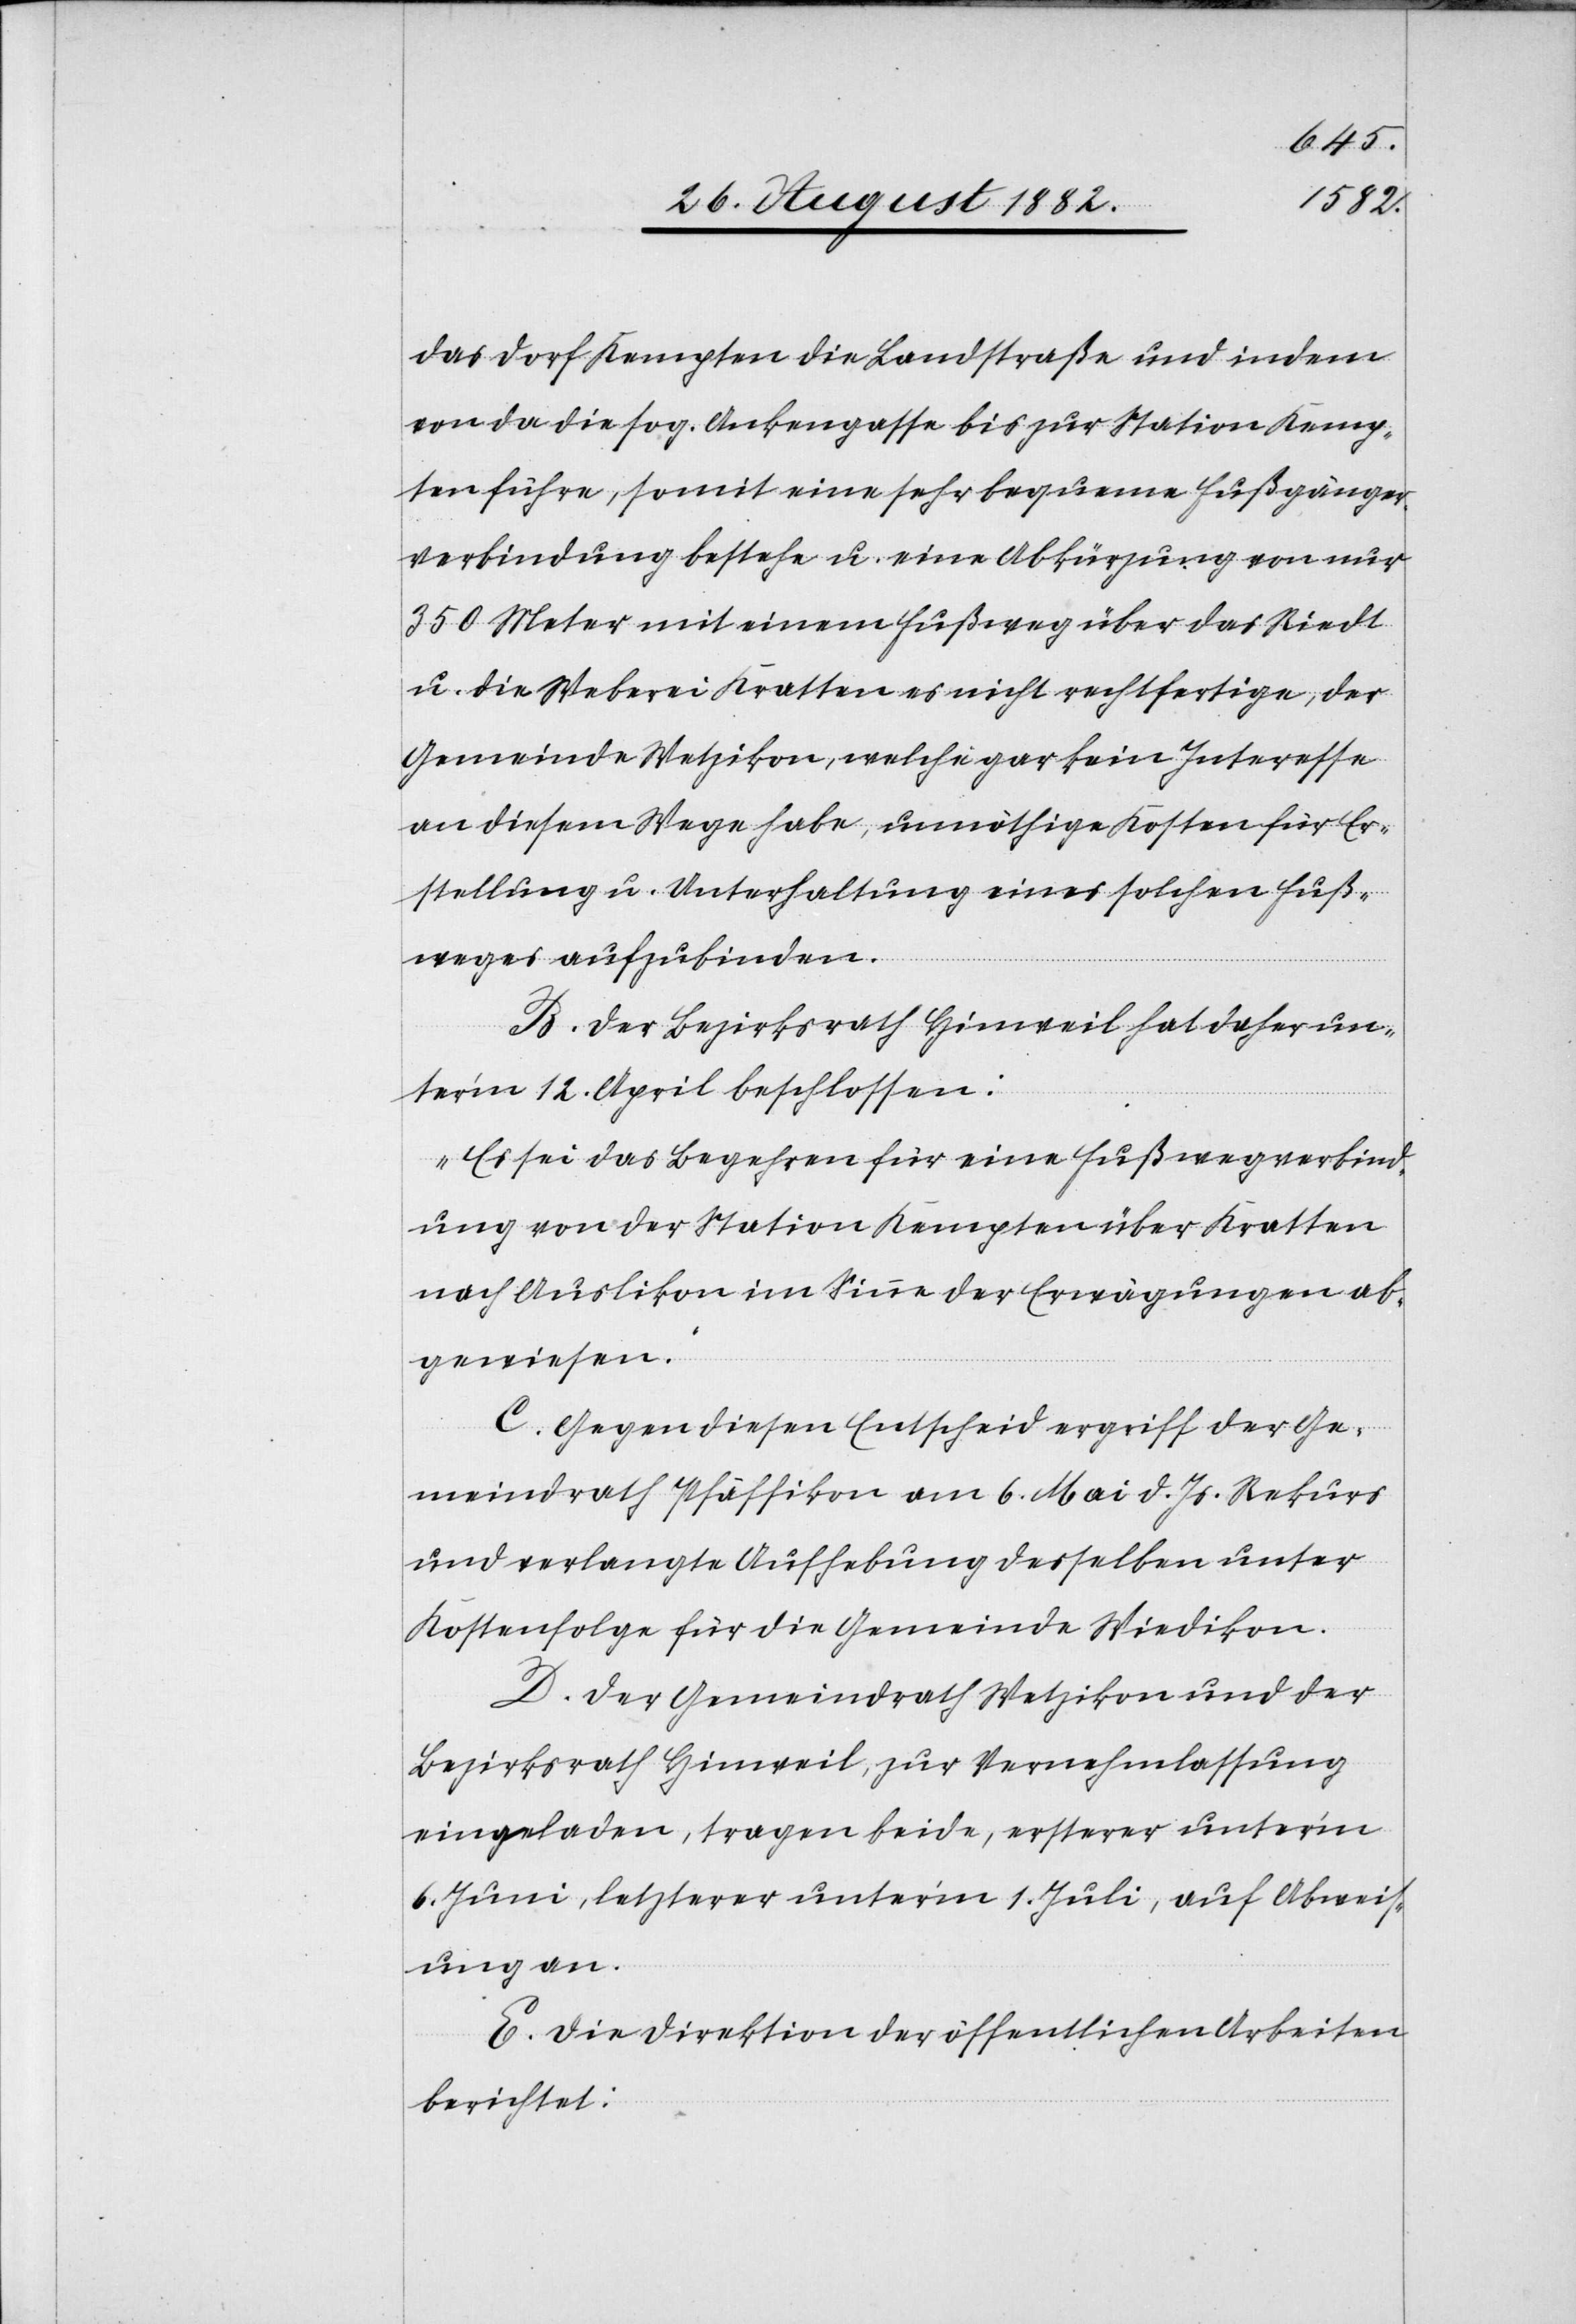
das Dorf Kempten die Landstraße und indem
von da die sog. Ankengasse bis zur Station Kemp¬
ten führe, somit eine sehr bequeme Fußgänger¬
verbindung bestehe u. eine Abkürzung von nur
350 Meter mit einem Fußweg über das Riedt
u. die Weberei Kratten es nicht rechtfertige, der
Gemeinde Wetzikon, welche gar kein Interesse
an diesem Wege habe, unnöthige Kosten für Er¬
stellung u. Unterhaltung eines solchen Fuß¬
weges aufzubinden.
B. Der Bezirksrath Hinweil hat daher un¬
ter’m 12. April beschlossen:
„Es sei das Begehren für eine Fußwegverbind¬
ung von der Station Kempten über Kratten
nach Auslikon im Sinne der Erwägungen ab¬
gewiesen.“
C. Gegen diesen Entscheid ergriff der Ge¬
meindrath Pfäffikon am 6. Mai d. Js. Rekurs
und verlangte Aufhebung desselben unter
Kostenfolge für die Gemeinde Wiedikon
D. Der Gemeindrath Wetzikon und der
Bezirksrath Hinweil, zur Vernehmlassung
eingeladen, tragen beide, ersterer unter’m
6. Juni, letzter unter’m 1. Juli, auf Abweis¬
ung an.
E. Die Direktion der öffentlichen Arbeiten
berichtet: